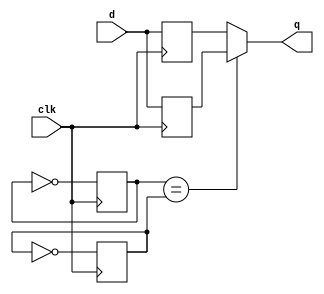
module top_module (
    input clk,
    input d,
    output q
);

reg t1,t2,r1,r2;

always @(posedge clk) begin
t1 <= ~t1;
r1 <= d;
end

always @(negedge clk) begin
t2 <= ~t2;
r2 <= d;
end

    assign q = (t1 == t2) ? (r2) : (r1);

endmodule